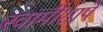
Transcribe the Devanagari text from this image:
स्वामीशापे